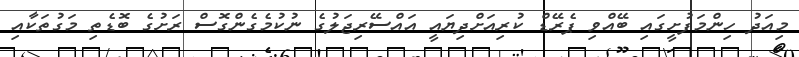
މިއަދު ހިންމަފުށީގައި ބޭއްވި ޕެރޭޑް ކުރިއަށްދިޔައީ އައްސޭރިޖަލުގެ ނުކުމެގެންގޮސް ރަށުގެ ބޮޑެތި މަގުތަކާއި